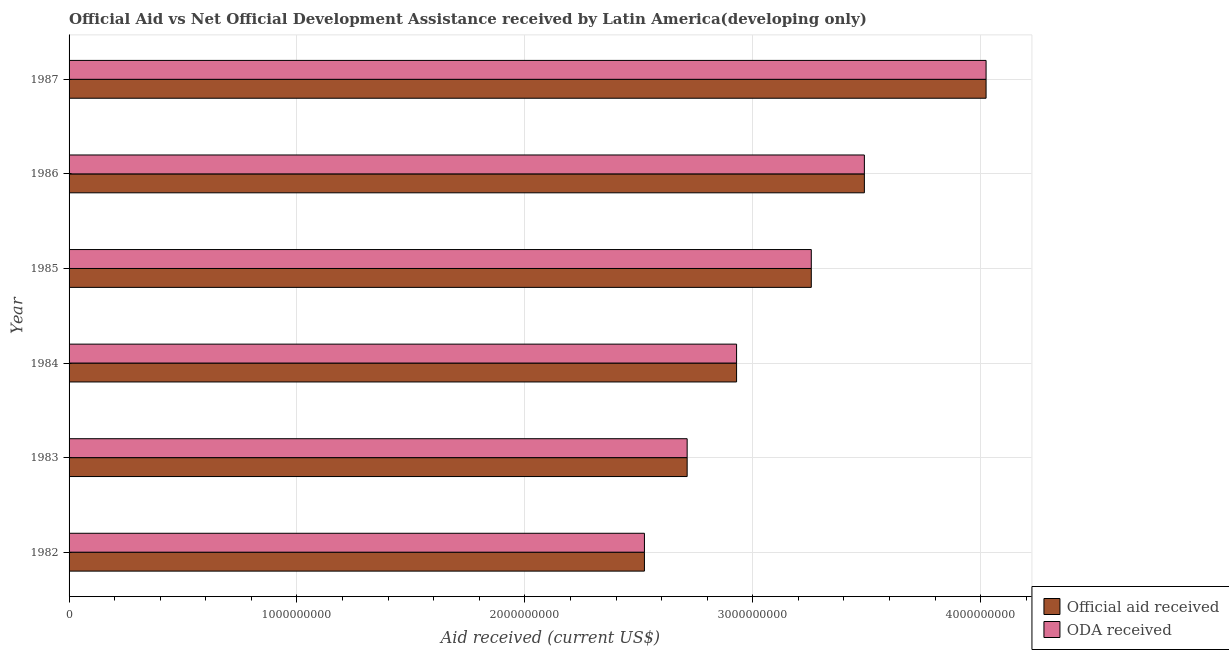
| Year | Official aid received | ODA received |
 | --- | --- | --- |
 | 1982 | 2.52e+09 | 2.52e+09 |
 | 1983 | 2.71e+09 | 2.71e+09 |
 | 1984 | 2.93e+09 | 2.93e+09 |
 | 1985 | 3.26e+09 | 3.26e+09 |
 | 1986 | 3.49e+09 | 3.49e+09 |
 | 1987 | 4.02e+09 | 4.02e+09 |